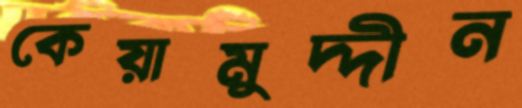
কেয়ামুদ্দীন